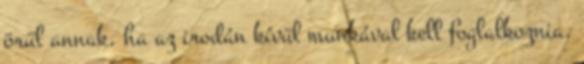
örül annak, ha az irodán kívül munkával kell foglalkoznia.